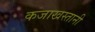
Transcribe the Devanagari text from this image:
कजाखस्तानी